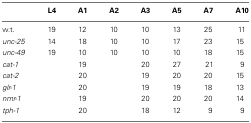
|  | L4 | A1 | A2 | A3 | A5 | A7 | A10 |
 | --- | --- | --- | --- | --- | --- | --- | --- |
 | w.t. | 19 | 12 | 10 | 10 | 13 | 25 | 11 |
 | unc-25 | 14 | 18 | 10 | 10 | 17 | 23 | 15 |
 | unc-49 | 19 | 10 | 10 | 10 | 10 | 18 | 15 |
 | cat-1 |  | 19 |  | 20 | 27 | 21 | 9 |
 | cat-2 |  | 20 |  | 19 | 20 | 20 | 15 |
 | glr-1 |  | 20 |  | 19 | 19 | 18 | 13 |
 | nmr-1 |  | 19 |  | 20 | 20 | 20 | 14 |
 | tph-1 |  | 20 |  | 18 | 12 | 9 | 9 |